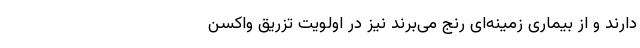
دارند و از بیماری زمینه‌ای رنج می‌برند نیز در اولویت تزریق واکسن